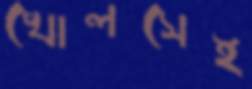
খোলসেই